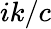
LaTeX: ik/c